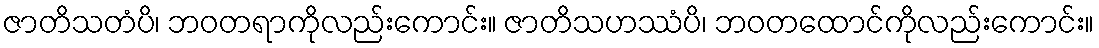
ဇာတိသတံပိ၊ ဘဝတရာကိုလည်းကောင်း။ ဇာတိသဟဿံပိ၊ ဘဝတထောင်ကိုလည်းကောင်း။